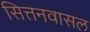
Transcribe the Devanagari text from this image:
सित्तनवासल